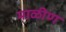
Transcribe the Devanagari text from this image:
माळीण